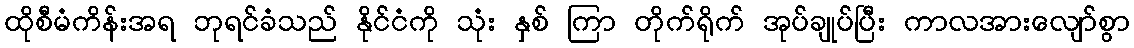
ထိုစီမံကိန်းအရ ဘုရင်ခံသည် နိုင်ငံကို သုံး နှစ် ကြာ တိုက်ရိုက် အုပ်ချုပ်ပြီး ကာလအားလျော်စွာ